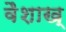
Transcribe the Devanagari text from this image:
वैशाख्